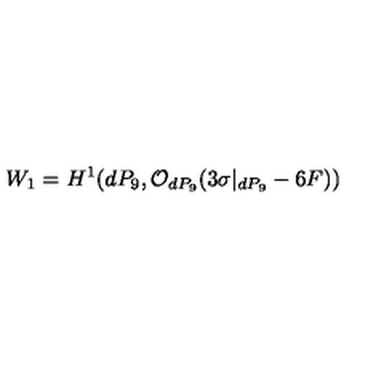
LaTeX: W _ { 1 } = H ^ { 1 } ( d P _ { 9 } , { \cal O } _ { d P _ { 9 } } ( 3 \sigma | _ { d P _ { 9 } } - 6 F ) )